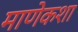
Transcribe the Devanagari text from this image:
माणेकशा